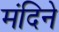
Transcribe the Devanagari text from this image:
मंदिने